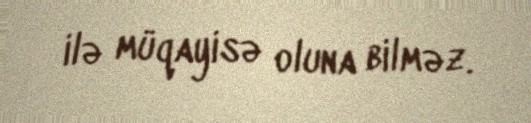
ilə müqayisə oluna bilməz.